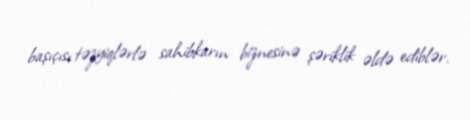
başıçısı təzyiqlərlə sahibkarın biznesinə şəriklik əldə ediblər.